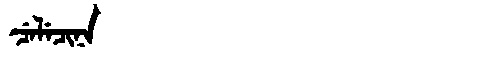
Manchu: ᠴᡝᠯᡝᠴᡳᠨᠠ
Romanization: CELECINA